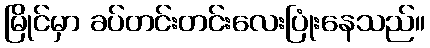
မြိုင်မှာ ခပ်တင်းတင်းလေးပြုံးနေသည်။